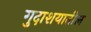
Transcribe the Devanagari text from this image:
गुदाशयातील